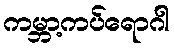
ကမ္ဘာ့ကပ်ရောဂါ